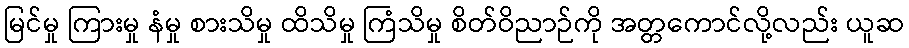
မြင်မှု ကြားမှု နံမှု စားသိမှု ထိသိမှု ကြံသိမှု စိတ်ဝိညာဉ်ကို အတ္တကောင်လို့လည်း ယူဆ